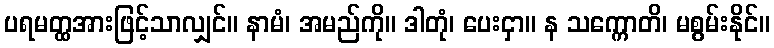
ပရမတ္ထအားဖြင့်သာလျှင်။ နာမံ၊ အမည်ကို။ ဒါတုံ၊ ပေးငှာ။ န သက္ကောတိ၊ မစွမ်းနိုင်။